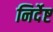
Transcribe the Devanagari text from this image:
निर्देष्ट